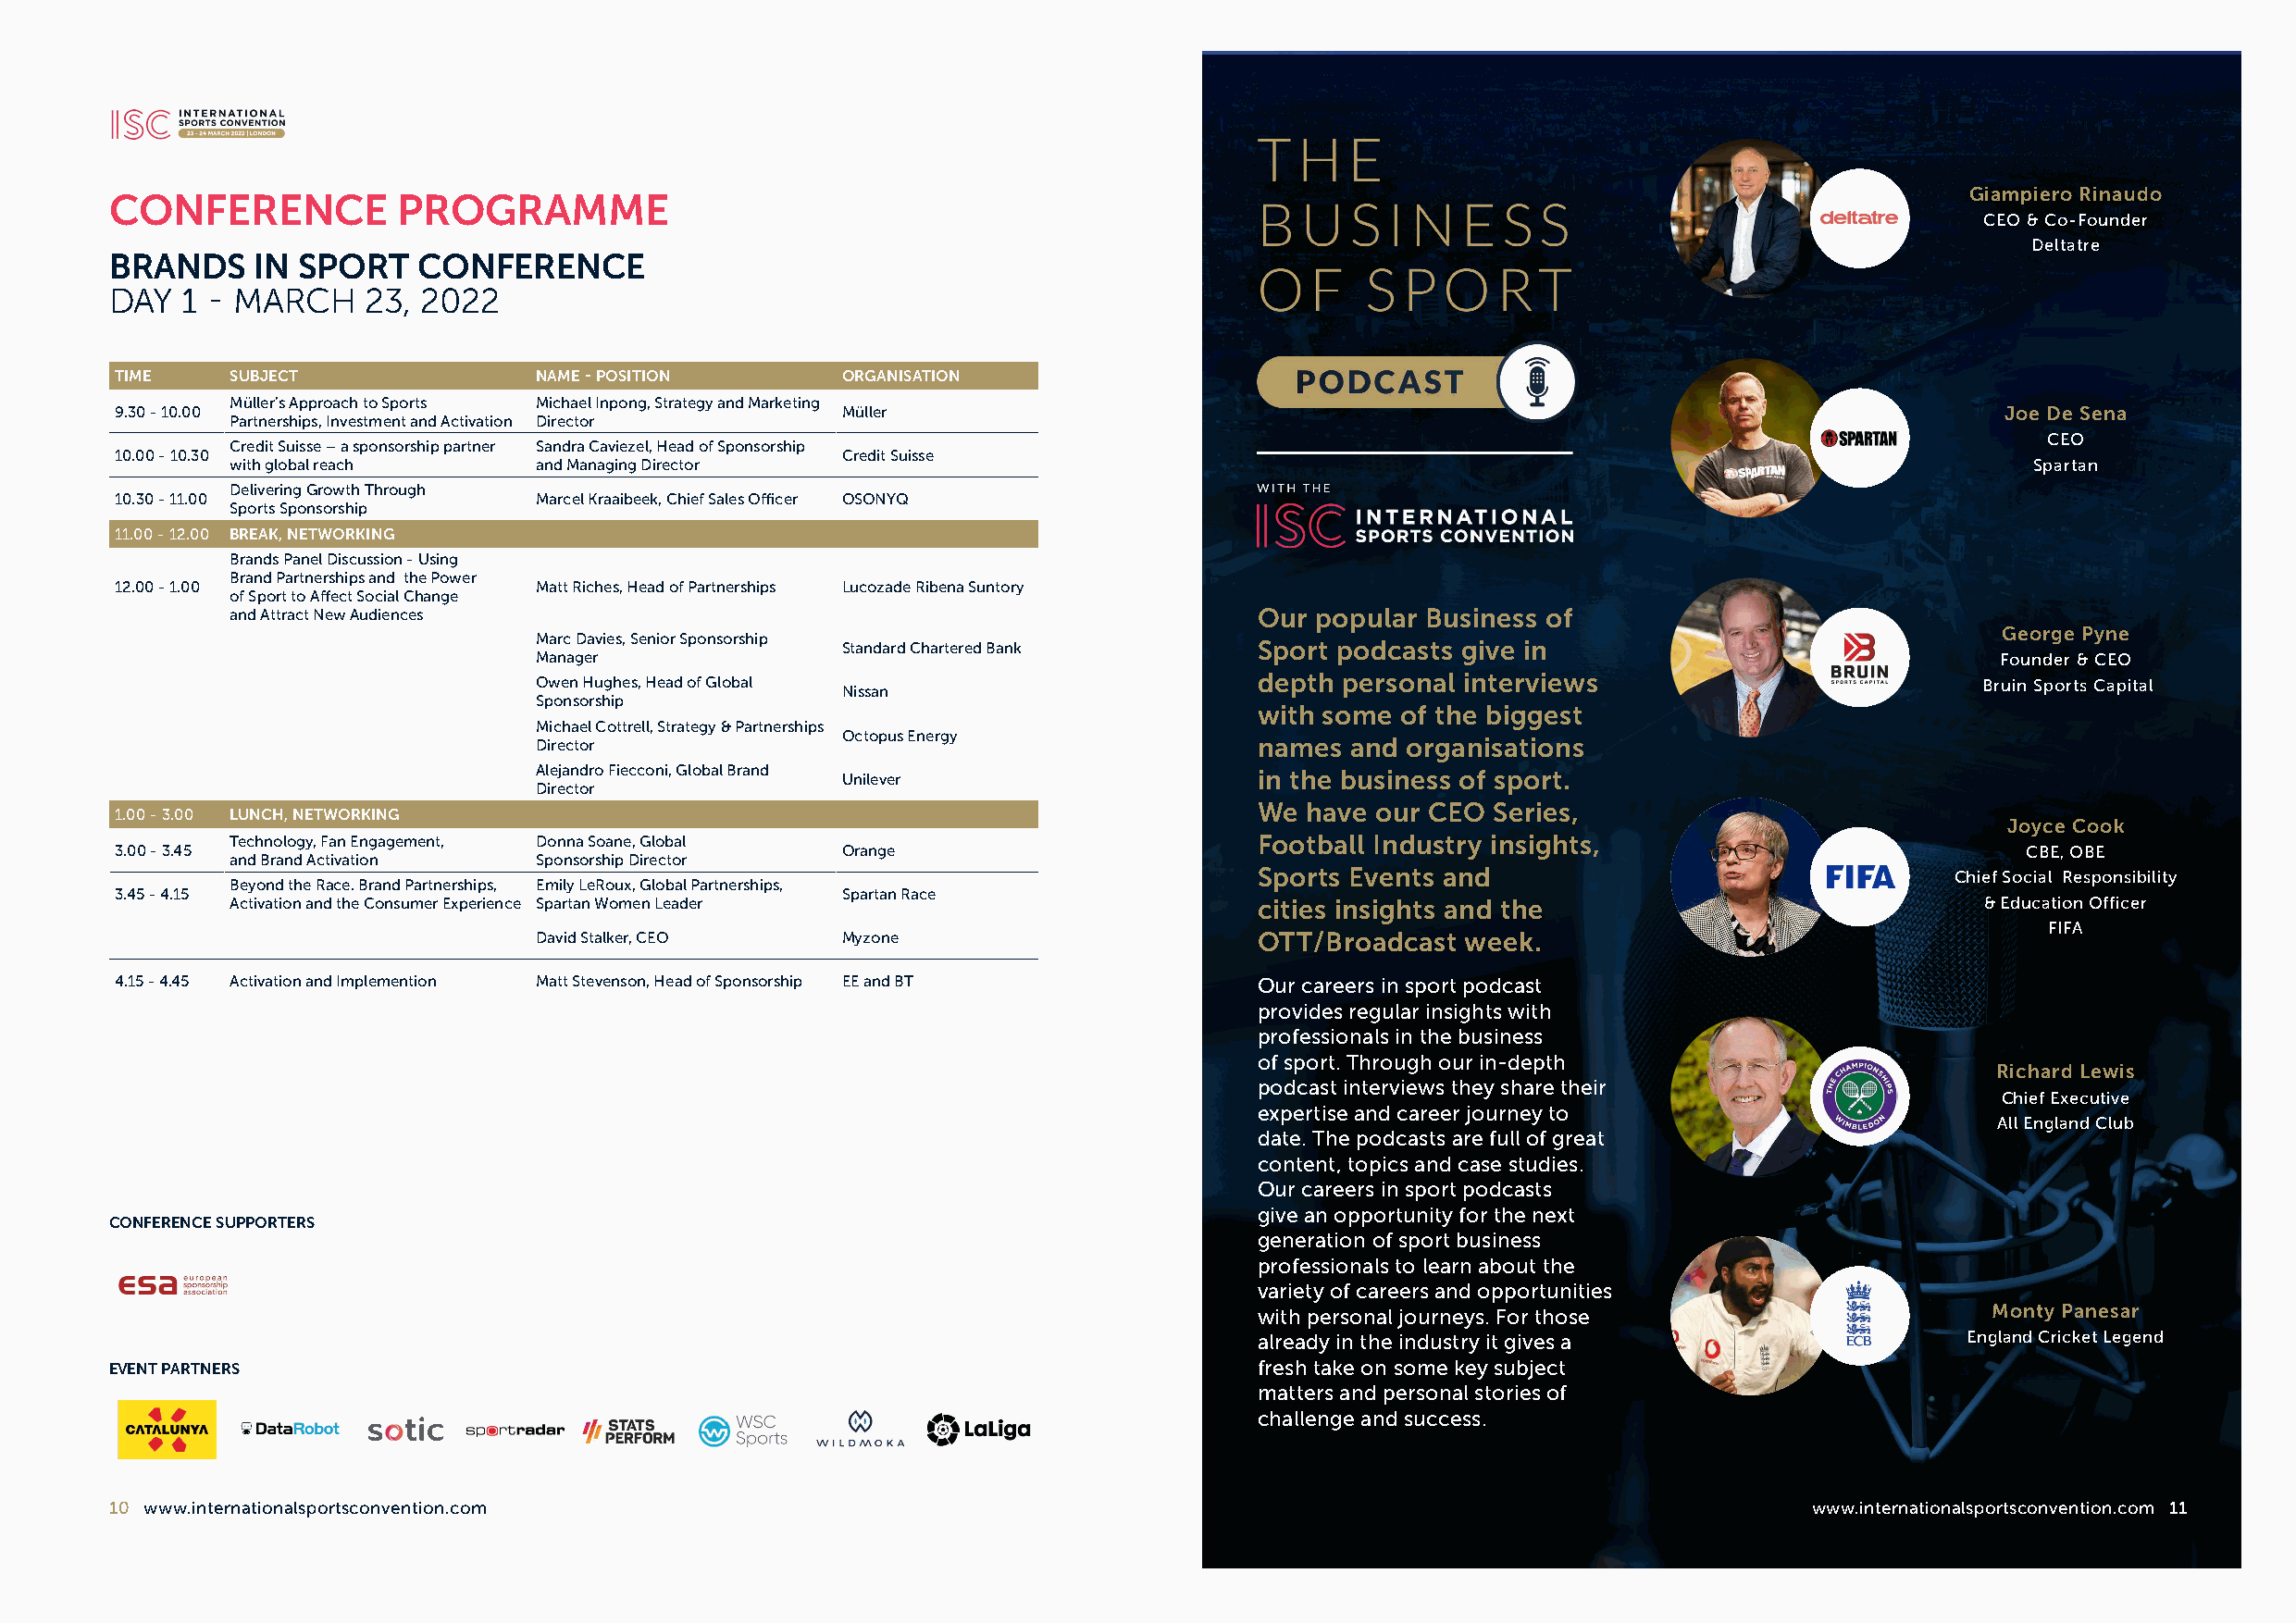
Giampiero Rinaudo
 CONFERENCE          PROGRAMME
 CEO & Co-Founder
 Deltatre
 BRANDS    IN SPORT    CONFERENCE
 DAY  1 - MARCH    23, 2022
 TIME    SUBJECT               NAME - POSITION       ORGANISATION
 Müller’s Approach to Sports Michael Inpong, Strategy and Marketing
 9.30 - 10.00                                        Müller                                                                             Joe De Sena
 Partnerships, Investment and Activation Director
 CEO
 Credit Suisse – a sponsorship partner Sandra Caviezel, Head of Sponsorship
 10.00 - 10.30                                       Credit Suisse
 with global reach     and Managing Director                                                                                      Spartan
 Delivering Growth Through
 10.30 - 11.00                 Marcel Kraaibeek, Chief Sales Officer OSONYQ
 Sports Sponsorship
 11.00 - 12.00 BREAK, NETWORKING
 Brands Panel Discussion - Using
 Brand Partnerships and the Power
 12.00 - 1.00                  Matt Riches, Head of Partnerships Lucozade Ribena Suntory
 of Sport to Affect Social Change
 and Attract New Audiences                                                 Our popular Business of
 George Pyne
 Marc Davies, Senior Sponsorship
 Standard Chartered Bank       Sport podcasts give in
 Manager                                                                                                  Founder & CEO
 Owen Hughes, Head of Global                         depth personal interviews                           Bruin Sports Capital
 Nissan
 Sponsorship
 with some of the biggest
 Michael Cottrell, Strategy & Partnerships
 Octopus Energy
 Director                                            names  and organisations
 Alejandro Fiecconi, Global Brand Unilever           in the business of sport.
 Director
 We have our CEO  Series,
 1.00 - 3.00 LUNCH, NETWORKING
 Joyce Cook
 Technology, Fan Engagement, Donna Soane, Global                           Football Industry insights,
 3.00 - 3.45                                         Orange                                                                               CBE, OBE
 and Brand Activation  Sponsorship Director
 Sports Events and                                 Chief Social Responsibility
 Beyond the Race. Brand Partnerships, Emily LeRoux, Global Partnerships,
 3.45 - 4.15                                         Spartan Race
 Activation and the Consumer Experience Spartan Women Leader               cities insights and the                             & Education Officer
 FIFA
 David Stalker, CEO    Myzone                        OTT/Broadcast  week.
 4.15 - 4.45 Activation and Implemention Matt Stevenson, Head of Sponsorship EE and BT Our careers in sport podcast
 provides regular insights with
 professionals in the business
 of sport. Through our in-depth
 Richard Lewis
 podcast interviews they share their
 Chief Executive
 expertise and career journey to
 All England Club
 date. The podcasts are full of great
 content, topics and case studies.
 Our careers in sport podcasts
 give an opportunity for the next
 CONFERENCE SUPPORTERS
 generation of sport business
 professionals to learn about the
 variety of careers and opportunities
 with personal journeys. For those                   Monty Panesar
 already in the industry it gives a                 England Cricket Legend
 EVENT PARTNERS                                                                    fresh take on some key subject
 matters and personal stories of
 challenge and success.
 10 www.internationalsportsconvention.com                                                                                  www.internationalsportsconvention.com 11